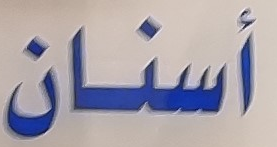
أسنان